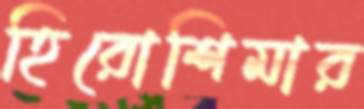
হিরোশিমার